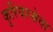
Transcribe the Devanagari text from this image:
कुरियरसेवा